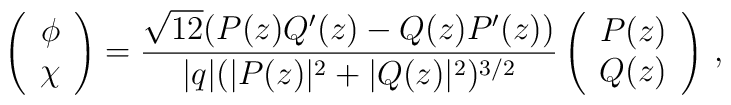
\left(\begin{array}{c}\phi\\ \chi\end{array}\right)=\frac{\sqrt{12}(P(z)Q'(z)-Q(z)P'(z))}{|q|(|P(z)|^2+|Q(z)|^2)^{3/2}}  \left(\begin{array}{c}P(z)\\ Q(z)\end{array}\right)\,,